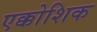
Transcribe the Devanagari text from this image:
एक्कोशिक